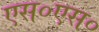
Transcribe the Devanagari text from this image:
एस०एस०